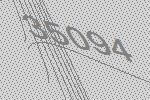
35094